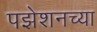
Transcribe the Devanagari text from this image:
पझेशनच्या